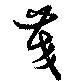
茭